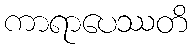
ကာရာပေဿတိ